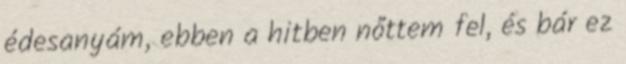
édesanyám, ebben a hitben nőttem fel, és bár ez